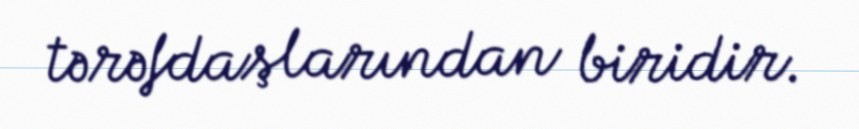
tərəfdaşlarından biridir.